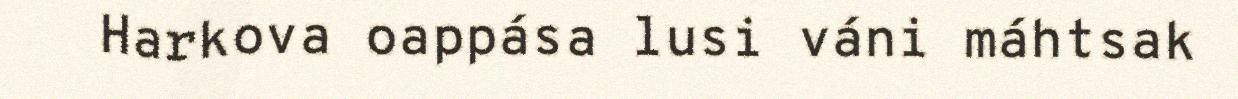
Harkova oappása lusi váni máhtsak